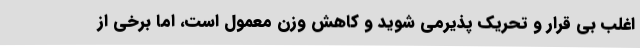
اغلب بی قرار و تحریک پذیرمی شوید و کاهش وزن معمول است، اما برخی از